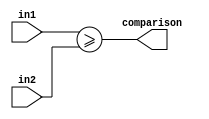
module Comparator(in1, in2, comparison);
  parameter WIDTH_IN1 = 6;
  parameter WIDTH_IN2 = 6;

  input [WIDTH_IN1-1:0] in1;
  input [WIDTH_IN2-1:0] in2;
  output comparison;
  reg comparison;
 
  always @ (in1 or in2)
  begin
      comparison = (in1 >= in2);
  end
endmodule